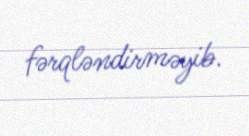
fərqləndirməyib.